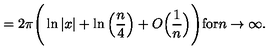
= 2 \pi \Bigg ( \ln | x | + \ln \Big ( \frac { n } { 4 } \Big ) + O \Big ( \frac { 1 } { n } \Big ) \Bigg ) \mathrm { f o r } n \rightarrow \infty .